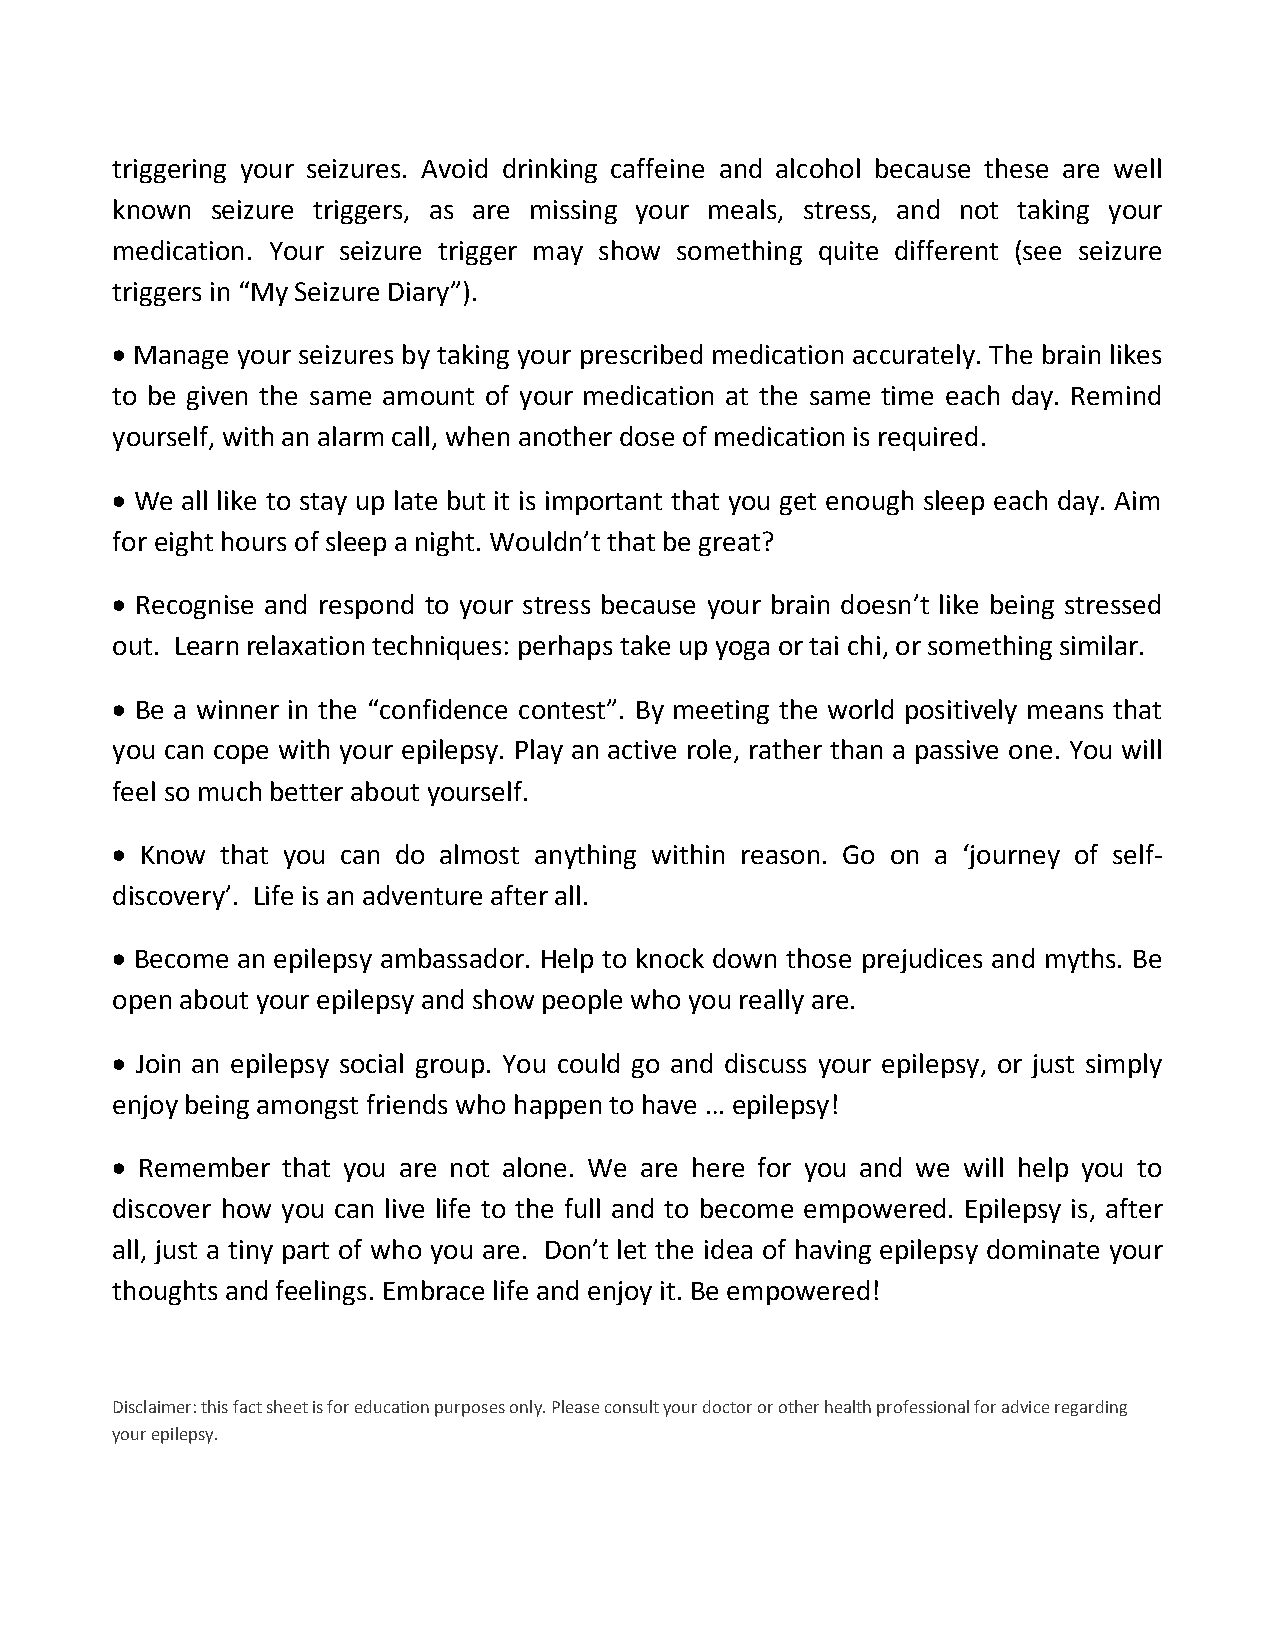
triggering your seizures. Avoid drinking caffeine and alcohol because these are well
 known  seizure triggers, as are missing your meals, stress, and not taking your
 medication. Your seizure trigger may show something quite different (see seizure
 triggers in “My Seizure Diary”).
  Manage your seizures by taking your prescribed medication accurately. The brain likes
 to be given the same amount of your medication at the same time each day. Remind
 yourself, with an alarm call, when another dose of medication is required.
  We all like to stay up late but it is important that you get enough sleep each day. Aim
 for eight hours of sleep a night. Wouldn’t that be great?
  Recognise and respond to your stress because your brain doesn’t like being stressed
 out. Learn relaxation techniques: perhaps take up yoga or tai chi, or something similar.
  Be a winner in the “confidence contest”. By meeting the world positively means that
 you can cope with your epilepsy. Play an active role, rather than a passive one. You will
 feel so much better about yourself.
  Know  that you can do almost anything within reason. Go on a ‘journey of self-
 discovery’. Life is an adventure after all.
  Become an epilepsy ambassador. Help to knock down those prejudices and myths. Be
 open about your epilepsy and show people who you really are.
  Join an epilepsy social group. You could go and discuss your epilepsy, or just simply
 enjoy being amongst friends who happen to have … epilepsy!
  Remember  that you are not alone. We are here for you and we will help you to
 discover how you can live life to the full and to become empowered. Epilepsy is, after
 all, just a tiny part of who you are. Don’t let the idea of having epilepsy dominate your
 thoughts and feelings. Embrace life and enjoy it. Be empowered!
 Disclaimer: this fact sheet is for education purposes only. Please consult your doctor or other health professional for advice regarding
 your epilepsy.